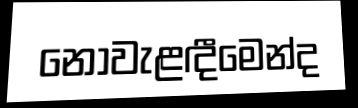
නොවැළඳීමෙන්ද